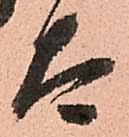
太